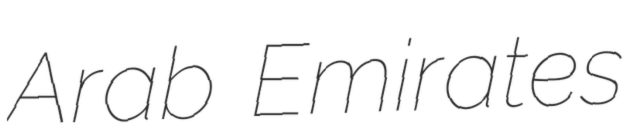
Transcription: Arab Emirates